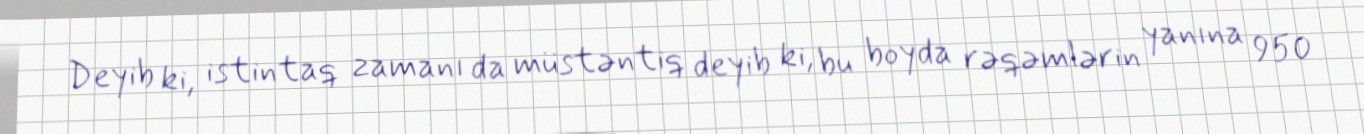
Deyib ki, istintaq zamanı da müstəntiq deyib ki, bu boyda rəqəmlərin yanına 950